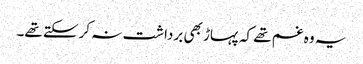
یہ وہ غم تھے کہ پہاڑ بھی برداشت نہ کرسکتے تھے۔